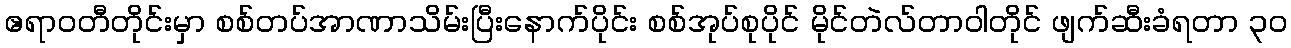
ဧရာဝတီတိုင်းမှာ စစ်တပ်အာဏာသိမ်းပြီးနောက်ပိုင်း စစ်အုပ်စုပိုင် မိုင်တဲလ်တာဝါတိုင် ဖျက်ဆီးခံရတာ ၃၀